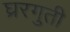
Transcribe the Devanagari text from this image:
घ्ररगुती